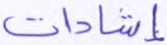
إشادات